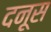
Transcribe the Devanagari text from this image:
दनूस